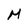
Character: M